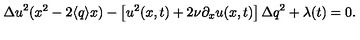
{ \Delta u } ^ { 2 } ( x ^ { 2 } - 2 \langle q \rangle x ) - \left[ u ^ { 2 } ( x , t ) + 2 \nu \partial _ { x } u ( x , t ) \right] { \Delta q } ^ { 2 } + \lambda ( t ) = 0 .